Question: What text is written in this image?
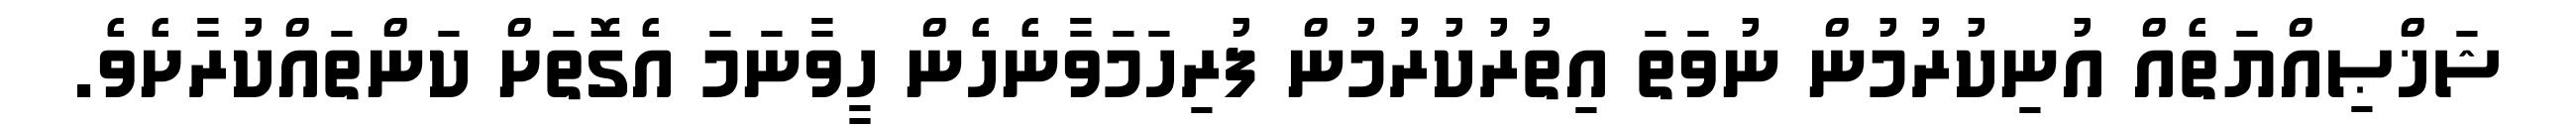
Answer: ޝަޚްޞިއްޔަތެއް އުނިކުރުމުން ނުވަތަ އިތުރުކުރުމުން ފުރިހަމަވާނެހެން ހީވާނަމަ އެގޮތަށް ކަންތައްކުރާށެވެ.